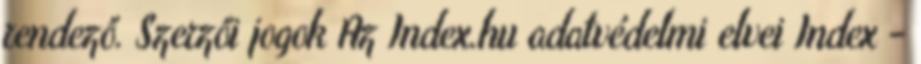
rendező. Szerzői jogok Az Index.hu adatvédelmi elvei Index -